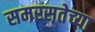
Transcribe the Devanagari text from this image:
समरसतेच्या